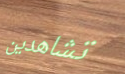
تشاهدين